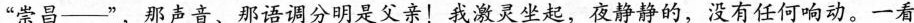
”崇昌--”，那声音、那语调分明是父亲！我激灵坐起，夜静静的，没有任何响动。一看